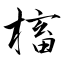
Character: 槒